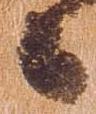
々